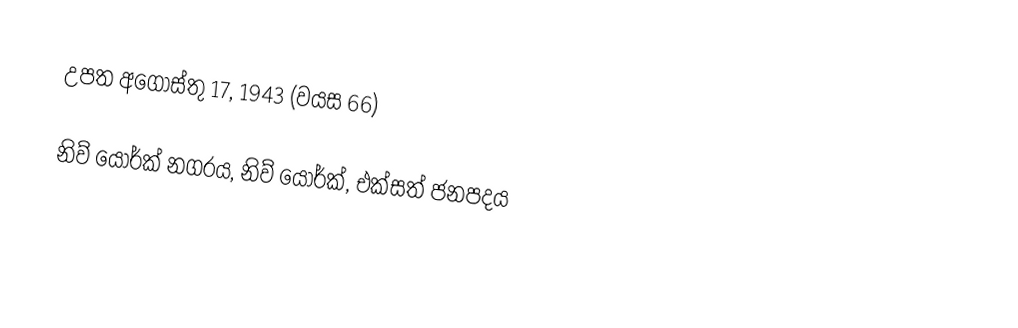
උපත	අගෝස්තු 17, 1943  (වයස 66)

නිව් යෝර්ක් නගරය, නිව් යෝර්ක්, එක්සත් ජනපදය